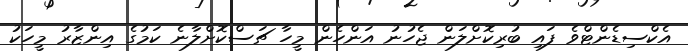
އެކްސިޑެންޓްވެ ފައި ބުރިކޮށްލަން ޖެހުނު އަންހެން މީހާ ޗަސްކޮށްލާނެ ކަމުގެ އިންޒާރު މީހަކު